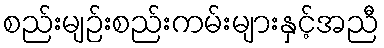
စည်းမျဉ်းစည်းကမ်းများနှင့်အညီ